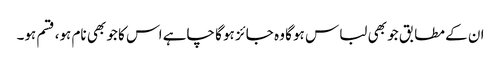
ان کے مطابق جو بھی لباس ہو گا وہ جائز ہو گا چاہے اس کا جو بھی نام ہو، قسم ہو۔